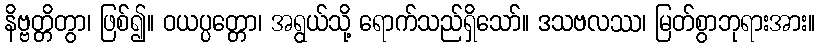
နိဗ္ဗတ္တိတွာ၊ ဖြစ်၍။ ဝယပ္ပတ္တော၊ အရွယ်သို့ ရောက်သည်ရှိသော်။ ဒသဗလဿ၊ မြတ်စွာဘုရားအား။